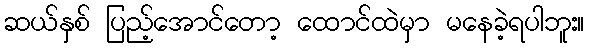
ဆယ်နှစ် ပြည့်အောင်တော့ ထောင်ထဲမှာ မနေခဲ့ရပါဘူး။